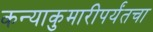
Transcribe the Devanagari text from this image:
कन्याकुमारीपर्यंतचा